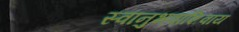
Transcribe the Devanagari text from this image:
स्वानुभवाशिवाय